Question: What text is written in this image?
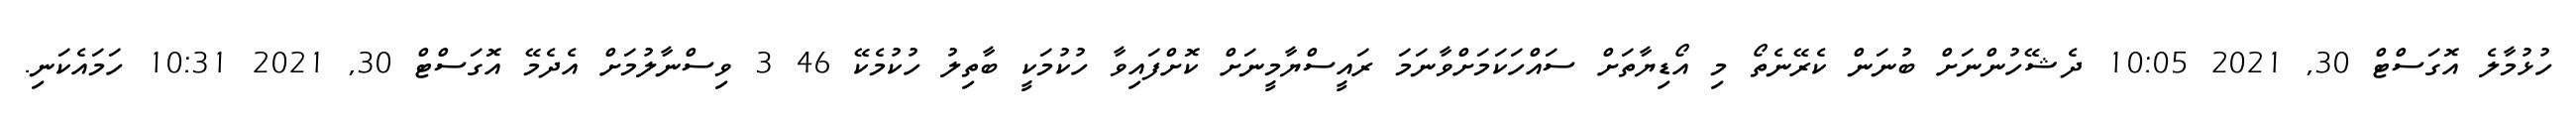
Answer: ހުޅުމާލެ އޮގަސްޓް 30, 2021 10:05 ދެޝޭހުންނަށް ބުނަން ކެރޭނެތޯ މި އޯޑިޔާތަށް ސައްހަކަމަށްވާނަމަ ރައީސްޔާމީނަށް ކޮށްފައިވާ ހުކުމަކީ ބާތިލު ހުކުމެކޭ 46 3 ވިސްނާލުމަށް އެދެމޭ އޮގަސްޓް 30, 2021 10:31 ހަމައެކަނި.